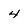
Character: 4